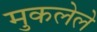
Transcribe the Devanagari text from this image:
मुकलेले